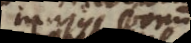
majus bonum